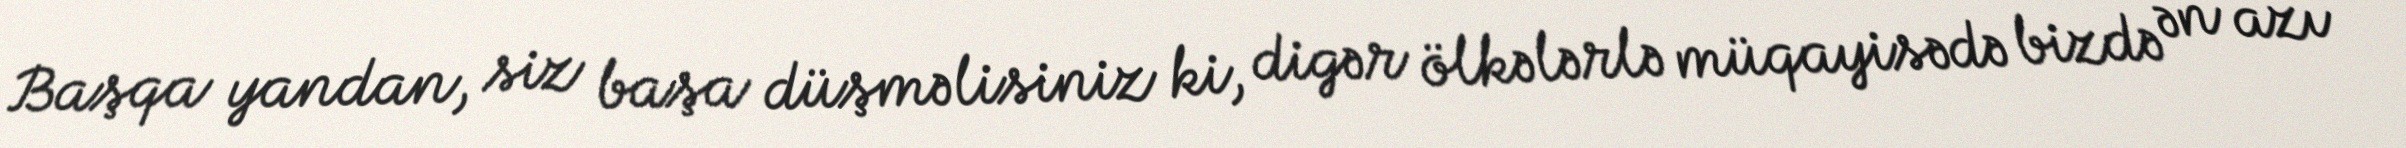
Başqa yandan, siz başa düşməlisiniz ki, digər ölkələrlə müqayisədə bizdə ən azı